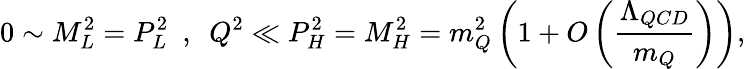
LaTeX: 0\sim M_{L}^{2}=P_{L}^{2}\ \ ,\ \ Q^{2}\ll P_{H}^{2}=M_{H}^{2}=m_{Q}^{2}\left(1+O\left({\frac{\Lambda_{QCD}}{m_{Q}}}\right)\right),